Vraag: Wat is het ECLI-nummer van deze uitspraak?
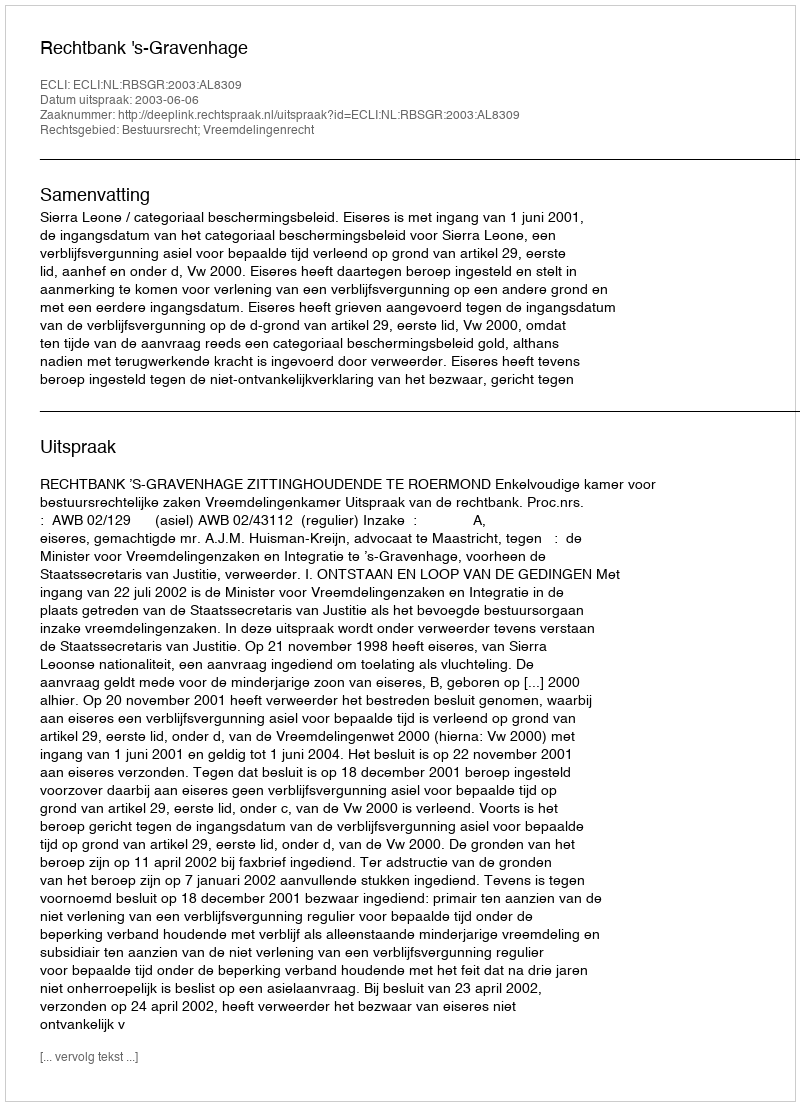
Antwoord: ECLI:NL:RBSGR:2003:AL8309